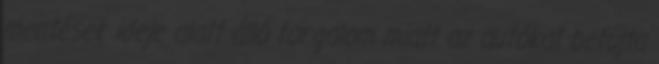
mentések ideje alatt álló forgalom miatt az autókat befújta